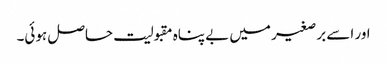
اور اسے برصغیر میں بے پناہ مقبولیت حاصل ہوئی۔